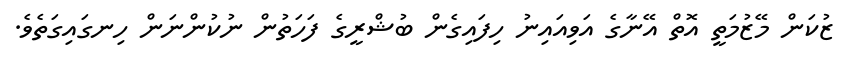
ޒުކަން މޭޒުމަތީ އޮތް އޭނާގެ އަވިއައިނު ހިފައިގެން ބުޝްރީގެ ފަހަތުން ނުކުންނަން ހިނގައިގަތެވެ.